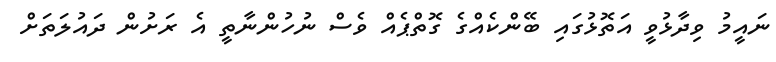
ނައީމު ވިދާޅުވީ އަތޮޅުގައި ބޭންކެއްގެ ގޮތްޕެއް ވެސް ނުހުންނާތީ އެ ރަށުން ދައުލަތަށް